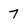
Character: 7